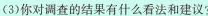
(3)你对调查的结果有什么看法和建议?